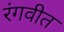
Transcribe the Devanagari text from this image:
रंगवीत